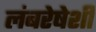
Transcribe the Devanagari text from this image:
लंबरेषेशी